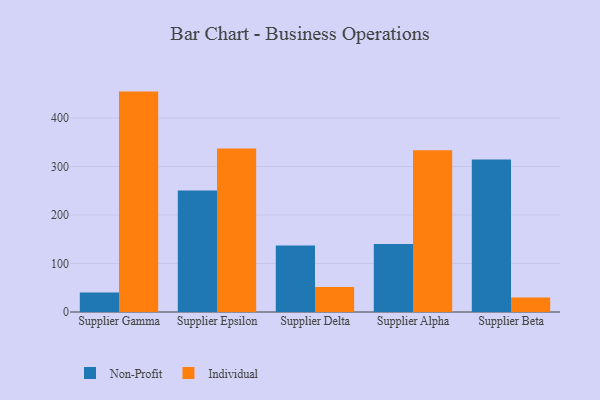
{"axis": {"x": "Supplier", "y": "Page Views"}, "legend": ["Individual", "Non-Profit"], "data": [{"x": "Supplier Gamma", "y": 40.0, "type": "Non-Profit"}, {"x": "Supplier Gamma", "y": 454.5, "type": "Individual"}, {"x": "Supplier Epsilon", "y": 250.7, "type": "Non-Profit"}, {"x": "Supplier Epsilon", "y": 337.0, "type": "Individual"}, {"x": "Supplier Delta", "y": 137.0, "type": "Non-Profit"}, {"x": "Supplier Delta", "y": 51.6, "type": "Individual"}, {"x": "Supplier Alpha", "y": 140.4, "type": "Non-Profit"}, {"x": "Supplier Alpha", "y": 333.5, "type": "Individual"}, {"x": "Supplier Beta", "y": 314.4, "type": "Non-Profit"}, {"x": "Supplier Beta", "y": 30.1, "type": "Individual"}]}